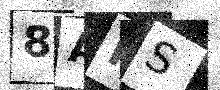
Text: 8AFS